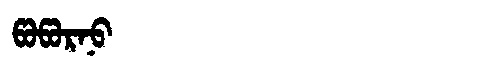
Manchu: ᡦᠣᡦᠣᡵᠨᠣ
Romanization: POPORNO